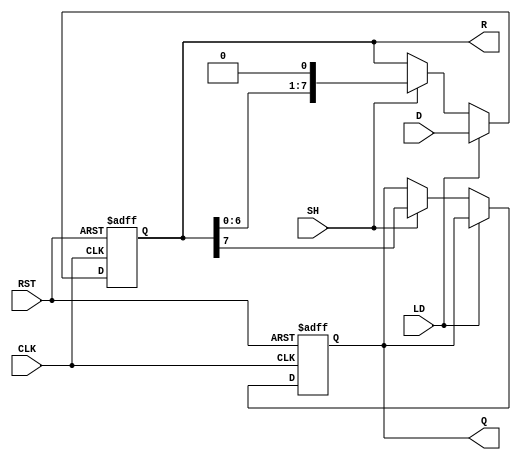
module loadable_piso_register (
    input wire [7:0] D,       // 8-bit parallel data input
    input wire LD,            // Load signal
    input wire SH,            // Shift signal
    input wire CLK,           // Clock signal
    input wire RST,           // Asynchronous reset signal
    output reg Q,             // Serial output
    output reg [7:0] R        // Register state (current contents)
);

always @(posedge CLK or posedge RST) begin
    if (RST) begin
        R <= 8'b0;            // Clear register contents on reset
        Q <= 1'b0;            // Clear serial output
    end else begin
        if (LD) begin
            R <= D;           // Load data into the register on LD
        end else if (SH) begin
            Q <= R[7];        // Shift out the MSB to Q
            R <= {R[6:0], 1'b0}; // Shift register contents to the right
        end
    end
end

endmodule